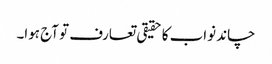
چاند نواب کا حقیقی تعارف تو آج ہوا۔